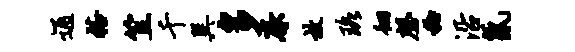
通裕笠千巽多廉放珞徊磬稔沿氤